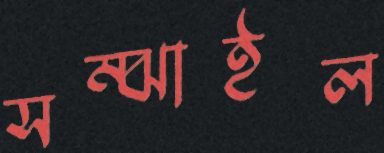
সম্‌ঝাইল